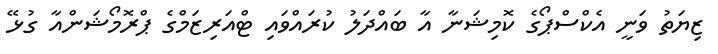
ޒިޔަތު ވަނީ އެކްސްޕޯގެ ކޮމިޝަނާ އާ ބައްދަލު ކުރައްވައި ޓްއަރިޒަމްގެ ޕްރޮމޯޝަންއާ ގުޅޭ